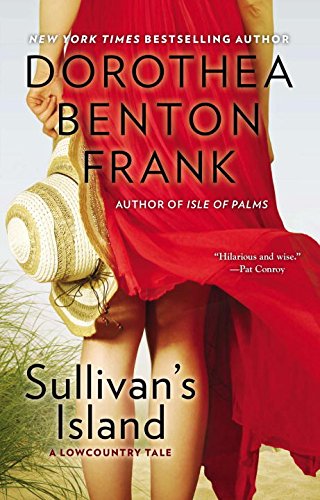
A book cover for Sullivan's Island (Lowcountry Tales); Dorothea Benton Frank; Literature & Fiction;